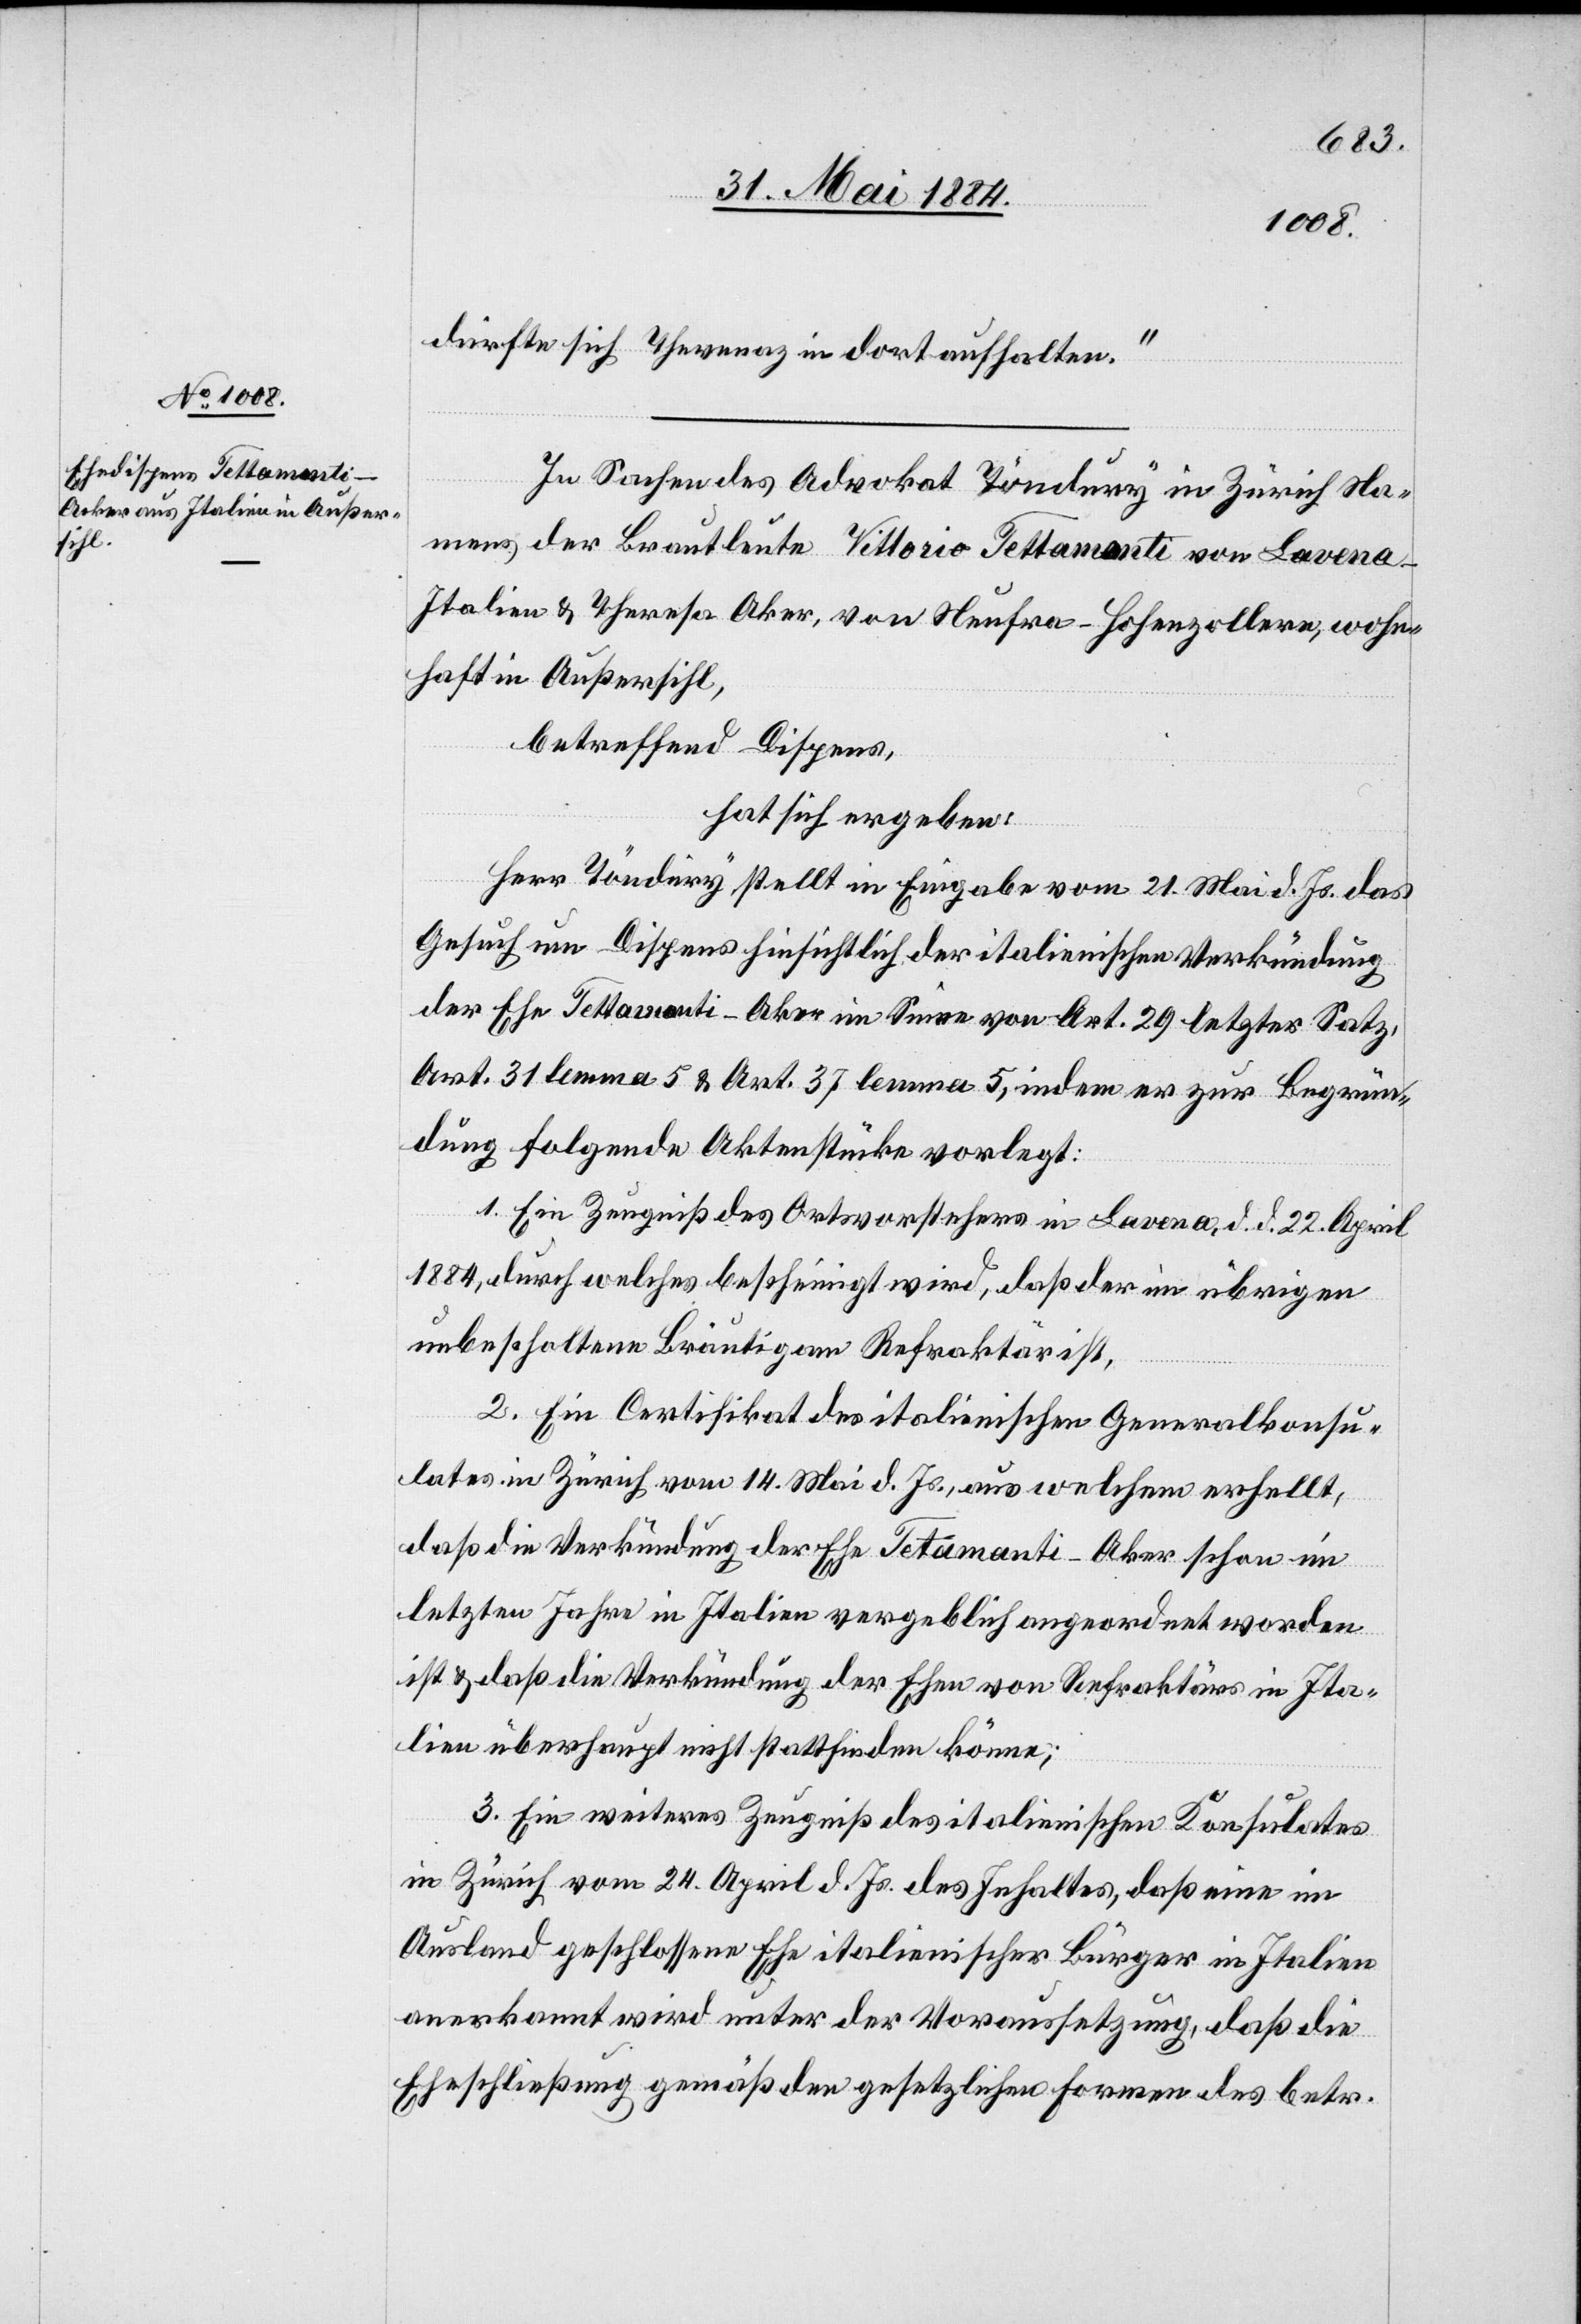
dürfte sich Th[é]venaz in dort aufhalten.“
In Sachen des Advokat Töndury in Zürich Na¬
mens der Brautleute der Vittorio Tettamonti von Lavena -
Italien & Theresa Aker [sic!], von Neufra - Hohenzollern, wohn¬
haft in Außersihl,
betreffend Dispens,
hat sich ergeben:
Herr Töndury stellt in Eingabe vom 21. Mai d. Js. das
Gesuch um Dispens hinsichtlich der italienischen Verkündung
der Ehe Tettamonti-Aker im Sinne von Art. 29 letzter Satz,
Art. 31 lemma 5 & Art. 37 lemma 5, indem er zur Begrün¬
dung folgende Aktenstücke vorlegt:
1. Ein Zeugniß des Ortvorstehers in Lavena, d. d. 22. April
1884, durch welches bescheinigt wird, daß der im übrigen
unbescholtene Bräutigam Refraktär ist.
2. Ein Certifikat des italienischen Generalkonsu¬
lates in Zürich vom 14. Mai d. Js., aus welchem erhellt,
daß die Verkündung der Ehe Tetamonti [sic!]-Aker schon im
letzten Jahre in Italien vergeblich angeordnet worden
ist & daß die Verkündung der Ehen von Refraktärs in Ita¬
lien überhaupt nicht stattfinden könne;
3. Ein weiteres Zeugniß des italienischen Konsulates
in Zürich vom 24. April d. Js. des Inhaltes, daß eine im
Ausland geschlossene Ehe italienischer Bürger in Italien
anerkannt wird unter der Voraussetzung, daß die
Eheschließung gemäß den gesetzlichen Formen des betr.